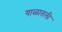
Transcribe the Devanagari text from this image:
गाळातली